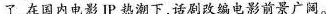
了在国内电影IP热潮下话剧改编电影前景广阔。